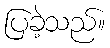
ပြခဲ့သည်။